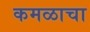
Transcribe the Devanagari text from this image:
कमळाचा